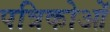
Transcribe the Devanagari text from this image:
पत्रिकोओं